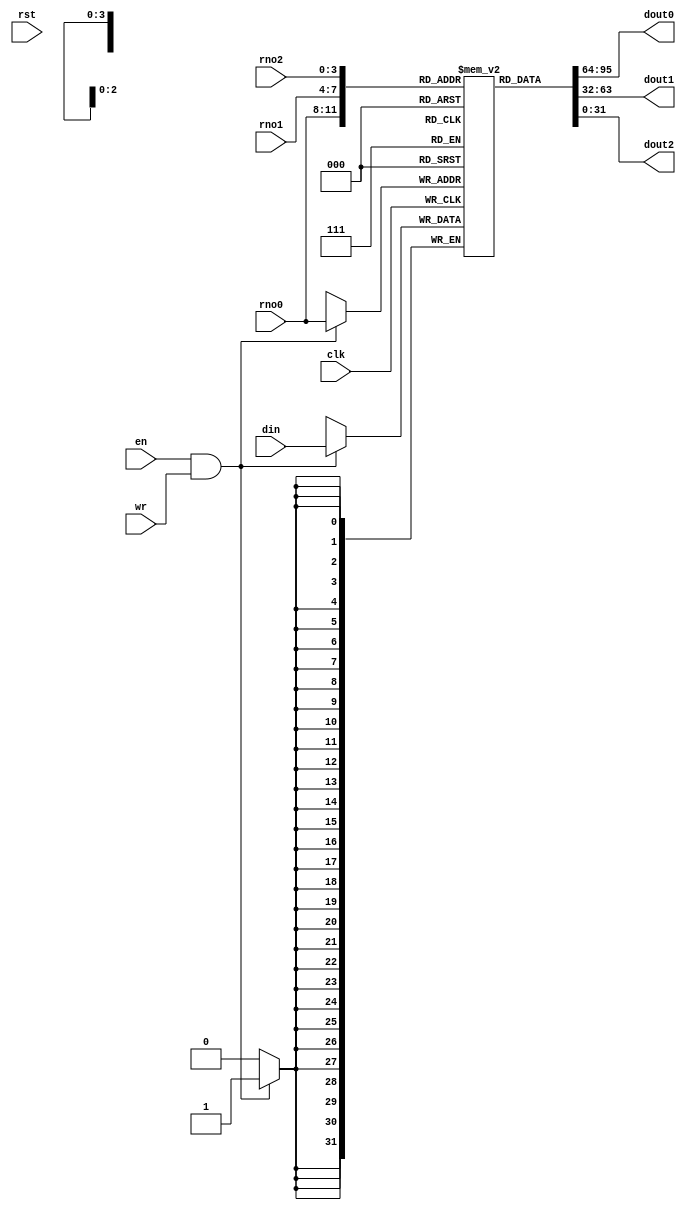
/**
  Generic register file for RISC5 CPU
  --
  Synchronous writes, asynchronous reads.
  --
  (c) 2022 - 2023 Gray, gray@grayraven.org
  https://oberon-rts.org/licences
**/

`timescale 1ns / 1ps
`default_nettype none

module Registers (
  input wire clk,
  input wire rst,
  input wire en,
  input wire wr,
  input wire [3:0] rno0, rno1, rno2,
  input wire [31:0] din,
  output wire [31:0] dout0, dout1, dout2
);

  reg [31:0] R [0:15];

  assign dout0[31:0] = R[rno0];
  assign dout1[31:0] = R[rno1];
  assign dout2[31:0] = R[rno2];

  always @(posedge clk) begin
    if (en & wr) begin
      R[rno0] <= din[31:0];
    end
  end

endmodule

`resetall